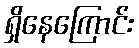
ရှိနေကြောင်း